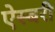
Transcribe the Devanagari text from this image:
ऐस्बरी